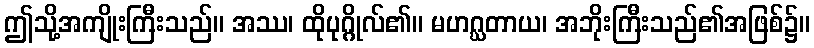
ဤသို့အကျိုးကြီးသည်။ အဿ၊ ထိုပုဂ္ဂိုလ်၏။ မဟဂ္ဃတာယ၊ အဘိုးကြီးသည်၏အဖြစ်၌။